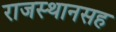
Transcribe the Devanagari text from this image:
राजस्थानसह